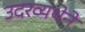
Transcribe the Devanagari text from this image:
उदरव्यथेने